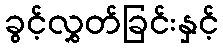
ခွင့်လွှတ်ခြင်းနှင့်